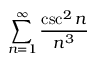
\sum _ { n = 1 } ^ { \infty } { \frac { \csc ^ { 2 } n } { n ^ { 3 } } }